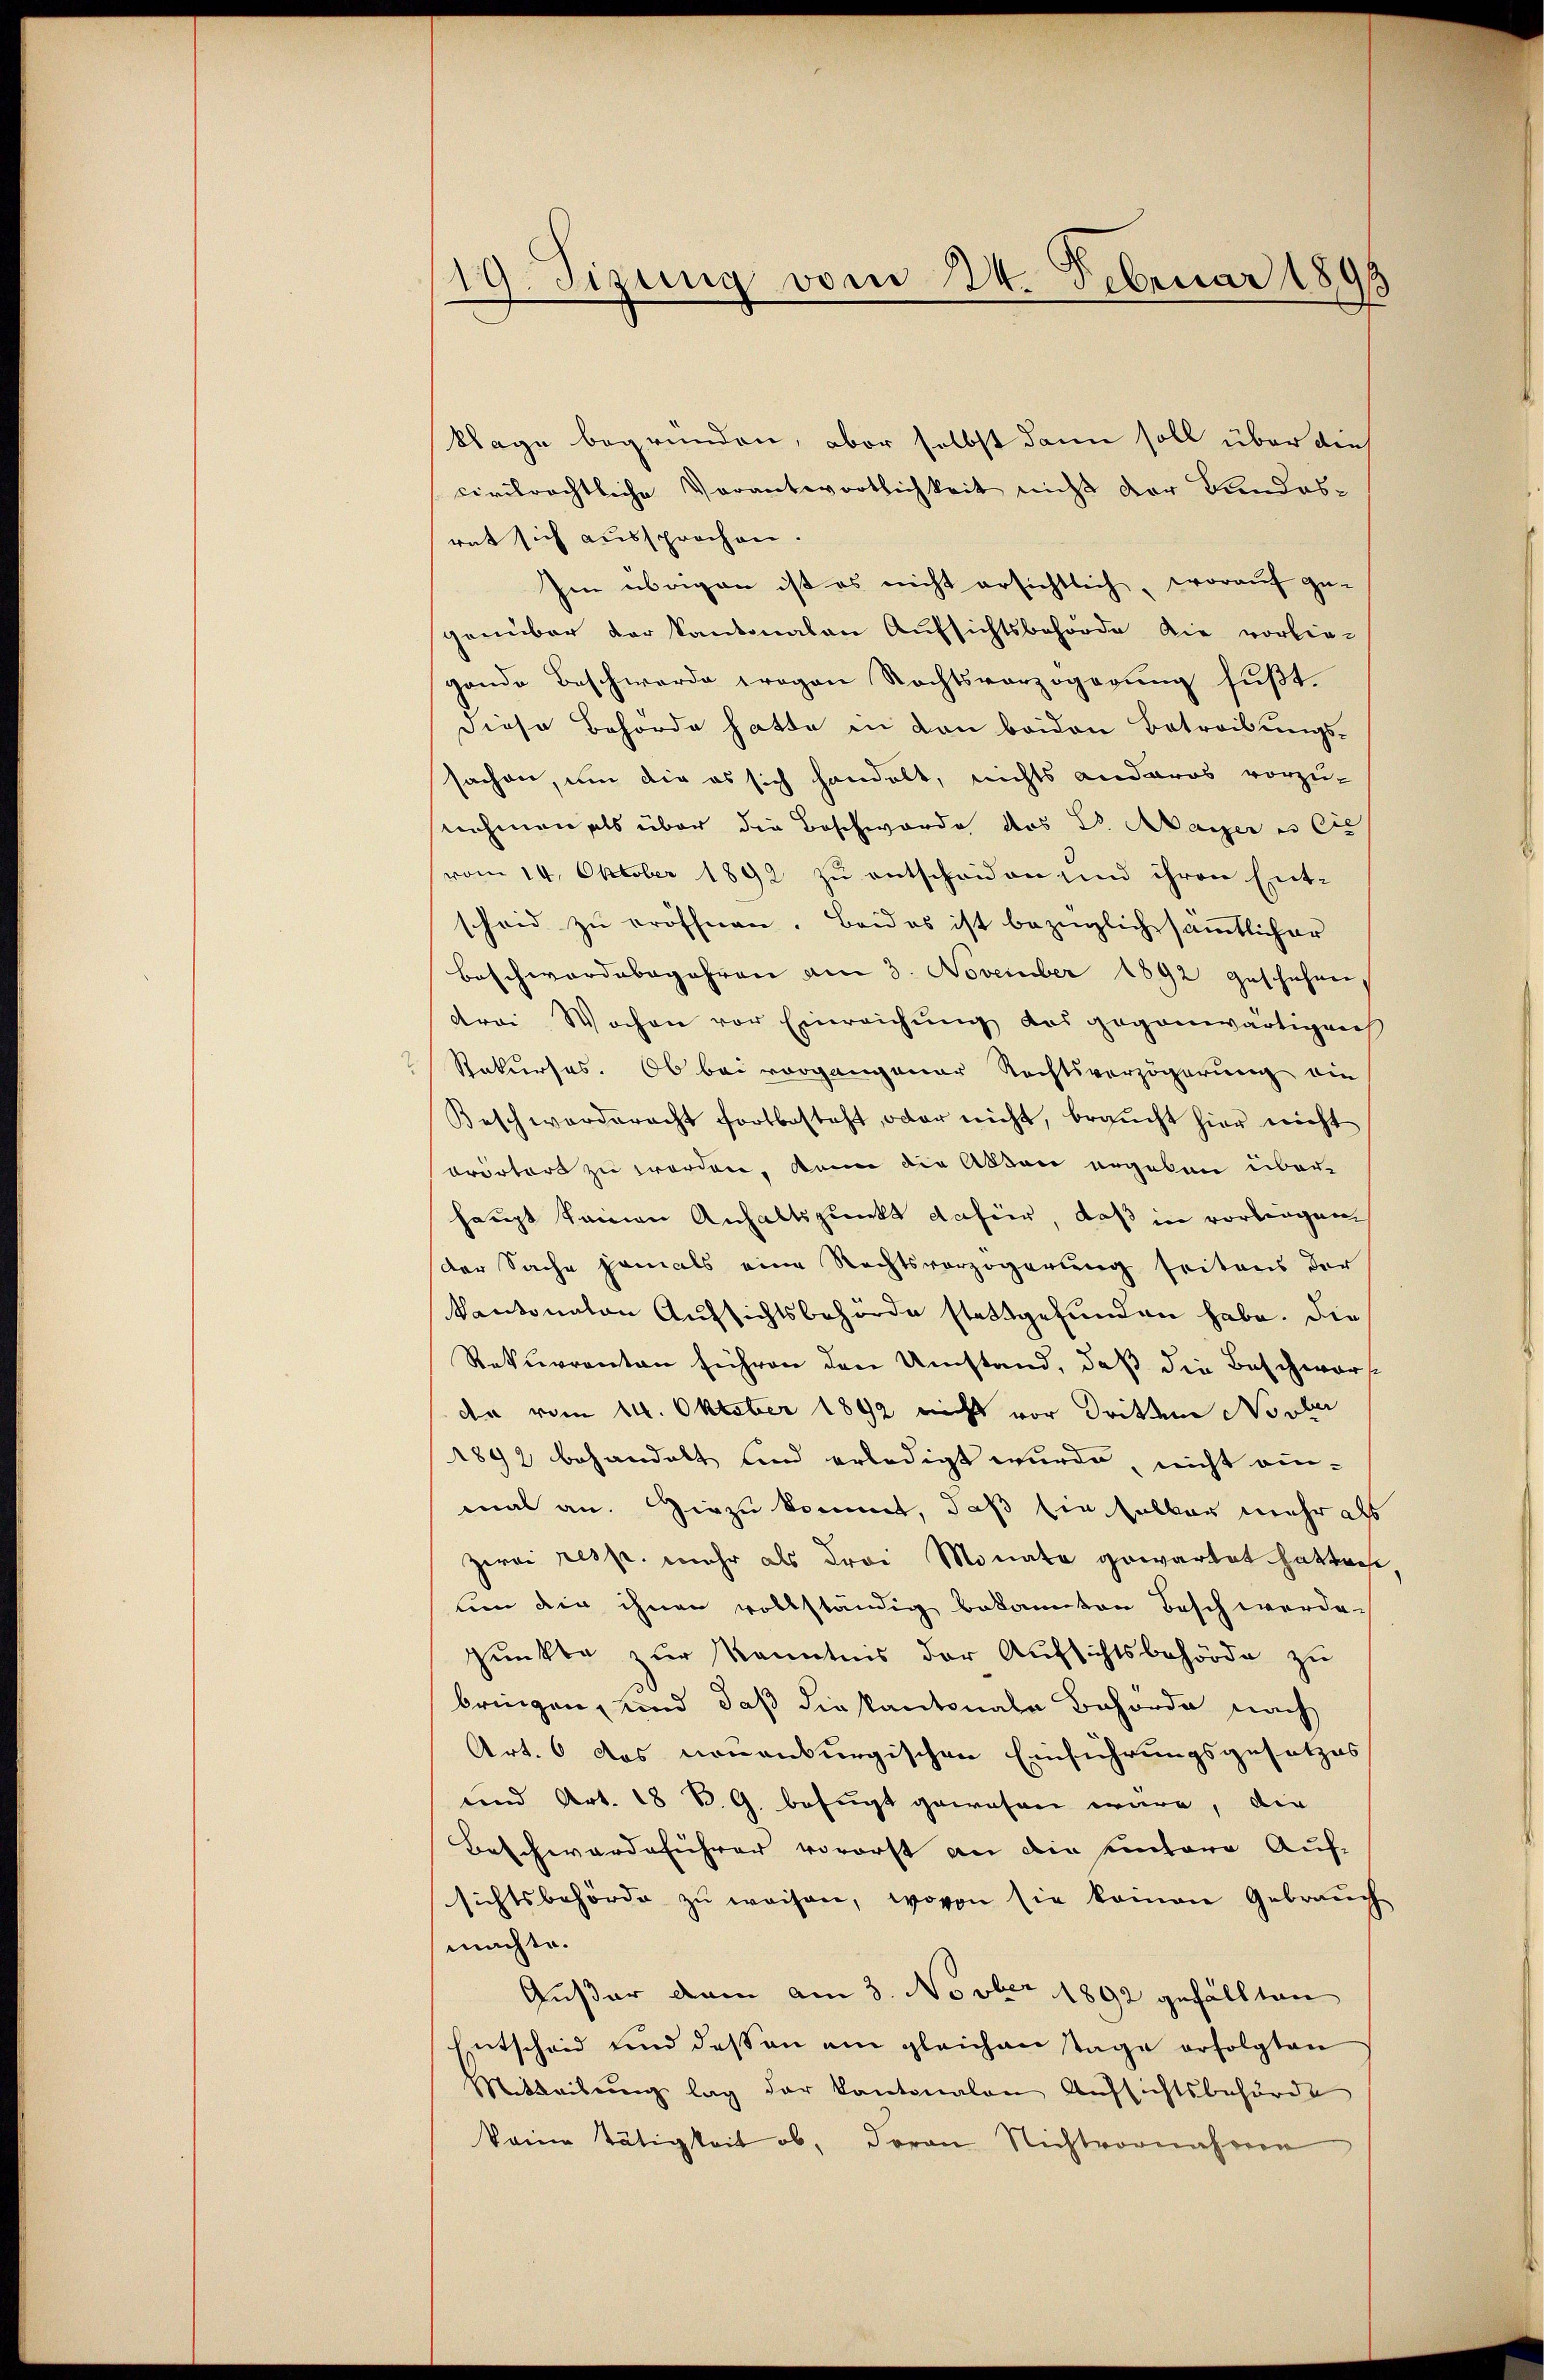
119. Sizung vom 24. Februar 1899

klage begründen, aber selbst dann soll über die
civilrechtliche Verantwortlichkeit nicht der Landesrat sich aussprochen.
Im übrigen ist es nicht ersichtlich, worauf ge-
genüber der kantonalen Aufsichtsbehörde die vorlie-
gande Beschwerde wegen Rechtsverzögerung fußt.
Diese Behörde hatte in den beiden Betreibungssachen, um die es sich handelt, nichts anderos vorzu-
nehmen als über die Beschwerde des Dr. Mayer es bis
(vom 14. Oktober 1892 zu entscheiden sind ihren Ent-
scheid zu eröffnen. Beides ist bezüglich sämmtlicher
beschwerdebegehren am 3. November 1892 geschehen,
drei Wochen vor Einreichung des gegenwärtigen
Rekurses. Ob bei vorgangener Rechtsverzögerung ein
Beschwerderacht fortbesteht, oder nicht, braŭcht hier nicht
orörtert zu werden, kann die Akten ergeben überhaupt keinen Anhaltspunkt dafür, daß in vorliegen
der Sache jemals eine Rechtsverzögerung seitens der
kantonalen Aufsichtsbehörde stattgefunden habe. Die
Rekurrenten führen den Umstand, daß die Beschwerf
da vom 14. Oktober 1892 nicht vor Dritten Novber
1892 behandelt sind erledigt wurde, nicht ei-
mal an. Hiezu kommt, daß Ein selber mehr als
zwei resp. mehr als drei Monate gewartet hatten
lin die ihnen vollständig bekannten Besch werde-
punkte zur Kenntnis der Aufsichtsbehörde zu
bringen, und daß die kantonale Behörde nach
Art. 6 das neuenburgischen Einführungsgesetzes
und Art. 18 R. G. befugt gewesen wäre, die
Beschwerdeführer vorerst an die Eintere Auf-
sichtsbehörde zu weisen, wovon sie keinen Gebrauch
machte.
Außer dem am 3. Novber 1892 gefällten
Entscheid und des an am gleich an tage erfolgten
Mitteilŭng lag der kantonalen Aufsichtsbehörde
keine tätigkeit ob, daran Nichtvornahmen